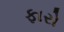
ફારો